65_HS1-834228961_62-HQ-83894_Section_1
Agency: FBI
Page 123
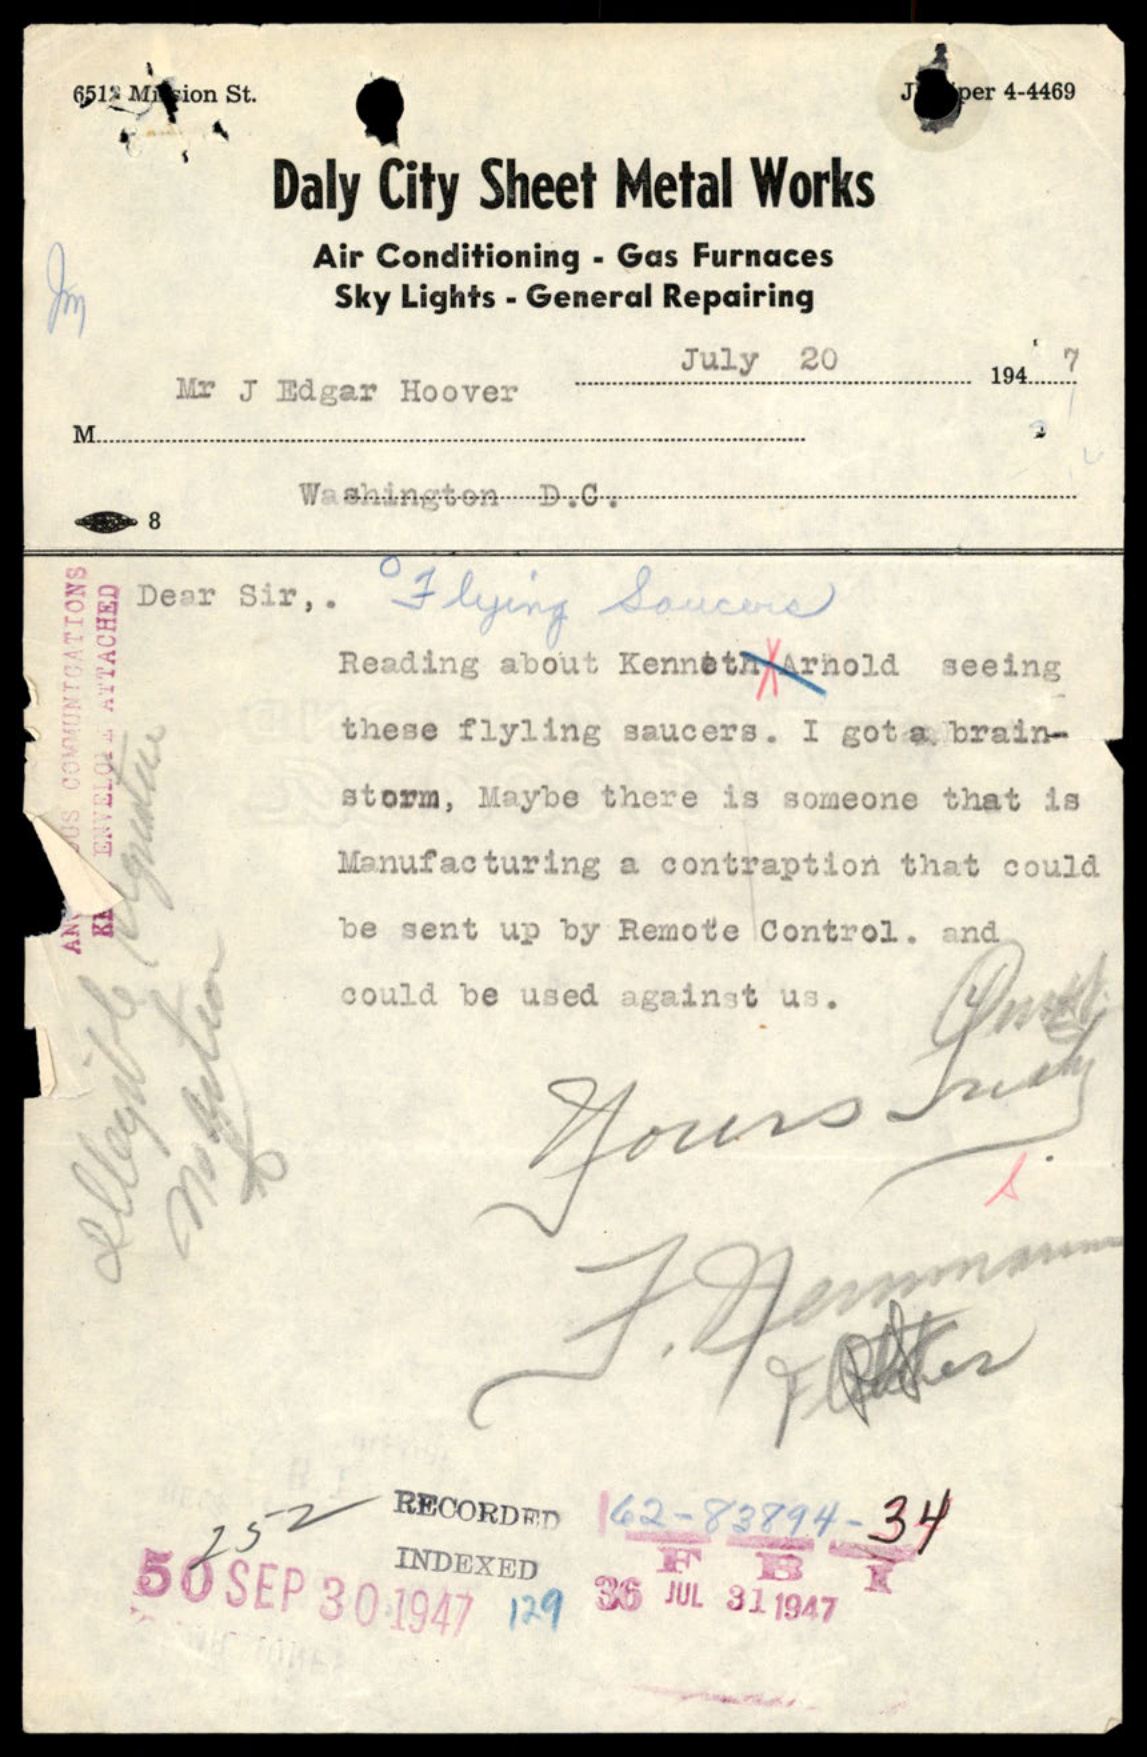